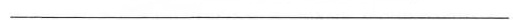
___